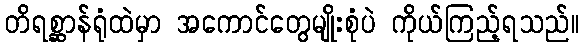
တိရစ္ဆာန်ရုံထဲမှာ အကောင်တွေမျိုးစုံပဲ ကိုယ်ကြည့်ရသည်။